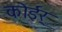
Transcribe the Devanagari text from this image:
कोईर्